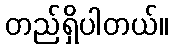
တည်ရှိပါတယ်။